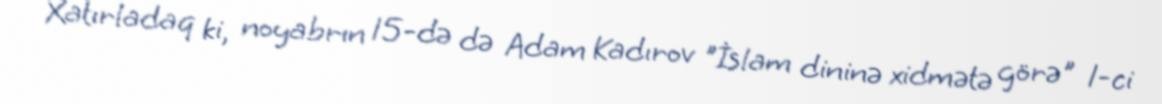
Xatırladaq ki, noyabrın 15-də də Adam Kadırov "İslam dininə xidmətə görə" 1-ci